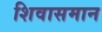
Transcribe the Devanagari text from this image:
शिवासमान